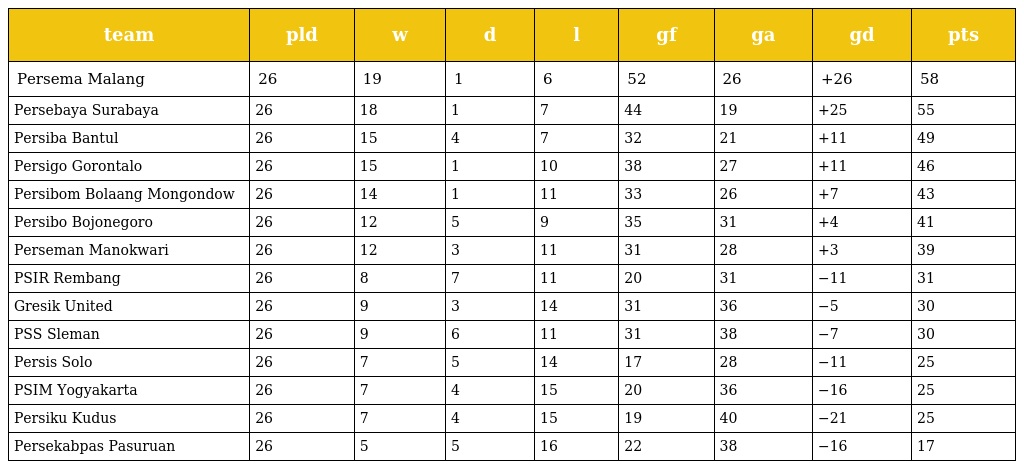
| team | pld | w | d | l | gf | ga | gd | pts |
 | --- | --- | --- | --- | --- | --- | --- | --- | --- |
 | Persema Malang | 26 | 19 | 1 | 6 | 52 | 26 | +26 | 58 |
 | Persebaya Surabaya | 26 | 18 | 1 | 7 | 44 | 19 | +25 | 55 |
 | Persiba Bantul | 26 | 15 | 4 | 7 | 32 | 21 | +11 | 49 |
 | Persigo Gorontalo | 26 | 15 | 1 | 10 | 38 | 27 | +11 | 46 |
 | Persibom Bolaang Mongondow | 26 | 14 | 1 | 11 | 33 | 26 | +7 | 43 |
 | Persibo Bojonegoro | 26 | 12 | 5 | 9 | 35 | 31 | +4 | 41 |
 | Perseman Manokwari | 26 | 12 | 3 | 11 | 31 | 28 | +3 | 39 |
 | PSIR Rembang | 26 | 8 | 7 | 11 | 20 | 31 | −11 | 31 |
 | Gresik United | 26 | 9 | 3 | 14 | 31 | 36 | −5 | 30 |
 | PSS Sleman | 26 | 9 | 6 | 11 | 31 | 38 | −7 | 30 |
 | Persis Solo | 26 | 7 | 5 | 14 | 17 | 28 | −11 | 25 |
 | PSIM Yogyakarta | 26 | 7 | 4 | 15 | 20 | 36 | −16 | 25 |
 | Persiku Kudus | 26 | 7 | 4 | 15 | 19 | 40 | −21 | 25 |
 | Persekabpas Pasuruan | 26 | 5 | 5 | 16 | 22 | 38 | −16 | 17 |